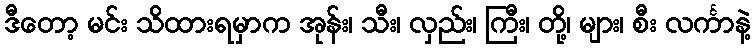
ဒီတော့ မင်း သိထားရမှာက အုန်း၊ သီး၊ လှည်း၊ ကြီး၊ တို့၊ များ၊ စီး လင်္ကာနဲ့